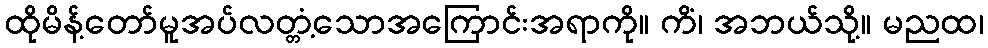
ထိုမိန့်တော်မူအပ်လတ္တံ့သောအကြောင်းအရာကို။ ကိံ၊ အဘယ်သို့။ မညထ၊